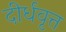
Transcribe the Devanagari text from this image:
दीर्धवृत्त